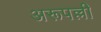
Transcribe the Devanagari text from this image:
अरूपल्ली